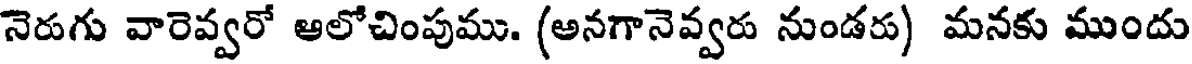
నెరుగు వారెవ్వరో ఆలోచింపుము. (అనగానెవ్వరు నుండరు) మనకు ముందు